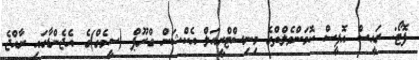
ފޮޓޯ: ރައީސް އޮފީސް ކޮމަންވެލްތްގެ މިނިސްޓްރީއަލް އެކްޝަން ގްރޫޕް (ސީމެގް)ގެ އެޖެންޑާގައި ރާއްޖެ